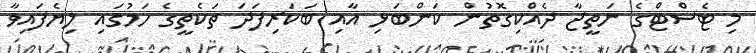
މި ޓެސްޓްގެ ނަތީޖާ ދެއްކިގޮތުން ކަންބަޅި އާއި ބަކަރިފަދަ ތަކެތީގެ ހަމުގައި ލިޔެފައިވާ